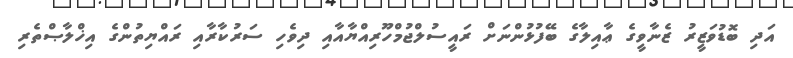
އަދި ބޮޑުވަޒީރު ޒެނާވީގެ ޢާއިލާގެ ބޭފުޅުންނަށް ރައީސުލްޖުމްހޫރިއްޔާއާއި ދިވެހި ސަރުކާރާއި ރައްޔިތުންގެ އިޚްލާޞްތެރި